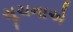
સૂચનાએ